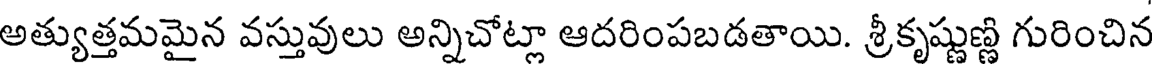
అత్యుత్తమమైన వస్తువులు అన్నిచోట్లా ఆదరింపబడతాయి. శ్రీకృష్ణుణ్ణి గురించిన